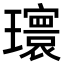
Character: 𪼮